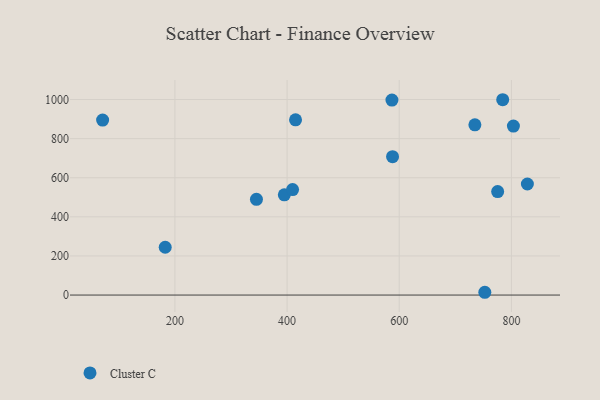
{"axis": {"x": "Investment", "y": "Fuel Efficiency"}, "legend": ["Cluster C"], "data": [{"x": "752.6", "y": 14.2, "type": "Cluster C"}, {"x": "415.1", "y": 896.2, "type": "Cluster C"}, {"x": "828.5", "y": 567.9, "type": "Cluster C"}, {"x": "587.0", "y": 997.3, "type": "Cluster C"}, {"x": "182.7", "y": 244.6, "type": "Cluster C"}, {"x": "71.1", "y": 894.7, "type": "Cluster C"}, {"x": "784.5", "y": 999.0, "type": "Cluster C"}, {"x": "775.5", "y": 529.4, "type": "Cluster C"}, {"x": "345.4", "y": 489.6, "type": "Cluster C"}, {"x": "734.9", "y": 870.8, "type": "Cluster C"}, {"x": "395.1", "y": 512.8, "type": "Cluster C"}, {"x": "803.6", "y": 864.3, "type": "Cluster C"}, {"x": "409.8", "y": 539.7, "type": "Cluster C"}, {"x": "588.1", "y": 707.6, "type": "Cluster C"}]}